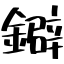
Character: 鐴